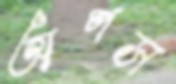
অপস